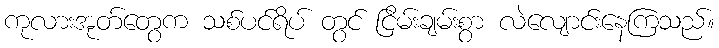
ကုလားအုတ်တွေက သစ်ပင်ရိပ် တွင် ငြိမ်းချမ်းစွာ လဲလျောင်းနေကြသည်။